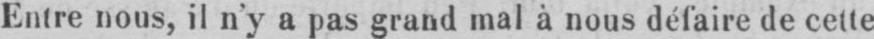
Entre nous, il n’y a pas grand mal à nous défaire de cette